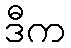
ဒီက